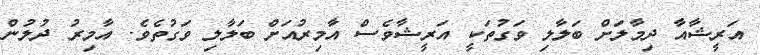
އަރީޝާއާ ދިމާލަށް ބަލާލި ވަގުތަކީ އަރީޝާވެސް އާމިރުއަށް ބަލާލި ވަގުތެވެ. އާމިރު ދުލުން